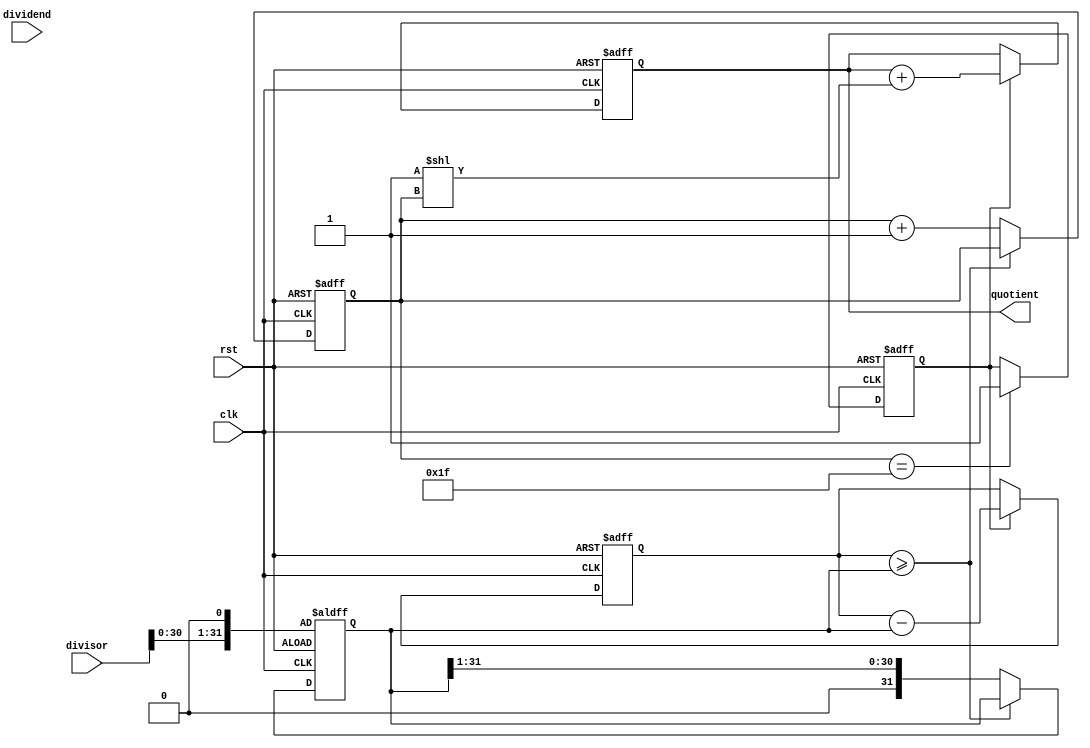
module shift_and_subtract_divider (
    input clk,
    input rst,
    input [31:0] dividend,
    input [31:0] divisor,
    output reg [31:0] quotient
);

reg [31:0] remainder;
reg [31:0] shifted_divisor;
reg [4:0] shift_count;
reg sub;
reg ready;

always @(posedge clk or posedge rst) begin
    if (rst) begin
        shift_count <= 0;
        remainder <= 0;
        quotient <= 0;
        sub <= 0;
        ready <= 0;
        shifted_divisor <= divisor << 5'b1;
    end else begin
        if (remainder >= shifted_divisor) begin
            sub <= 1;
        end else begin
            sub <= 0;
            shifted_divisor <= shifted_divisor >> 5'b1;
            shift_count <= shift_count + 1;
        end
        
        if (shift_count == 31) begin
            ready <= 1;
        end
        
        if (ready) begin
            quotient <= quotient + (1 << shift_count);
            remainder <= remainder - shifted_divisor;
        end
    end
end

endmodule